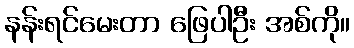
နန်းရင်မေးတာ ဖြေပါဦး အစ်ကို။